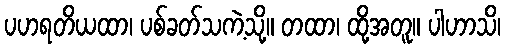
ပဟရတိယထာ၊ ပစ်ခတ်သကဲ့သို့။ တထာ၊ ထို့အတူ။ ပါဟာသိ၊